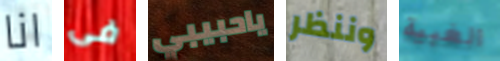
انا فى ياحبيبي وننظر الغبية